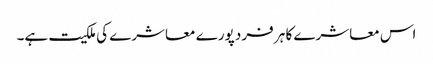
اس معاشرے کا ہر فرد پورے معاشرے کی ملکیت ہے۔